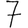
Digit: 7